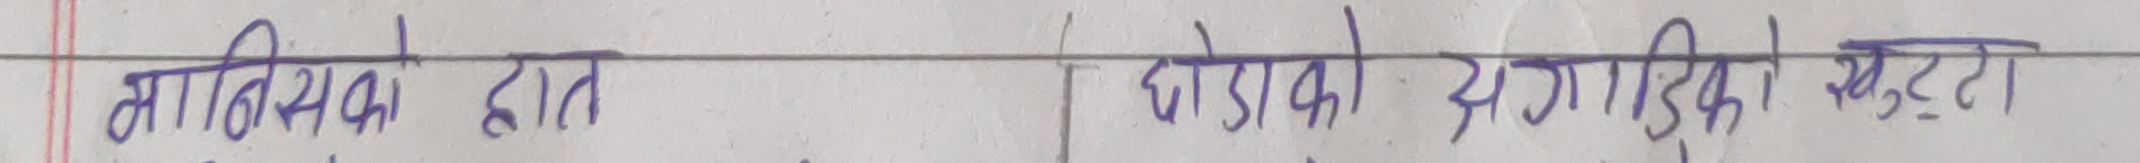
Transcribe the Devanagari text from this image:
मानिसको हात | घोडाको लगादिको खुट्टा